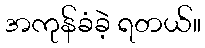
အကုန်ခံခဲ့ ရတယ်။